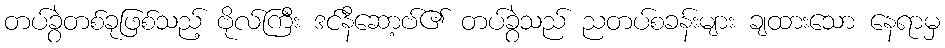
တပ်ခွဲတစ်ခုဖြစ်သည့် ဗိုလ်ကြီး ဒင်နီဆော့ဗ်၏ တပ်ခွဲသည် ညတပ်စခန်းများ ချထားသော နေရာမှ